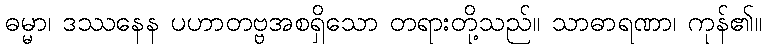
ဓမ္မာ၊ ဒဿနေန ပဟာတဗ္ဗအစရှိသော တရားတို့သည်။ သာဓာရဏာ၊ ကုန်၏။